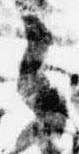
之